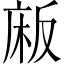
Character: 𫷰